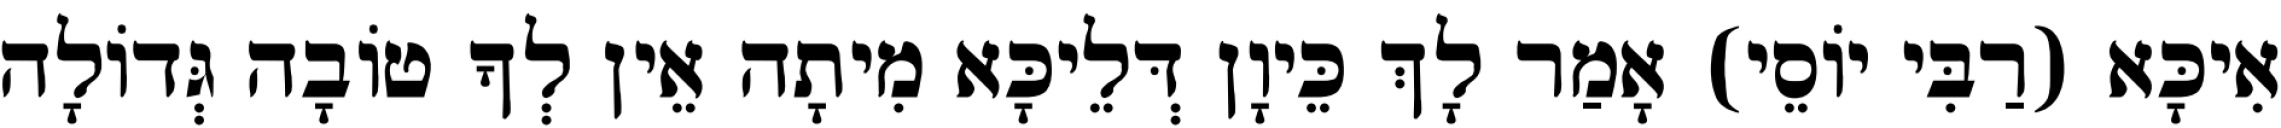
אִיכָּא (רַבִּי יוֹסֵי) אָמַר לָךְ כֵּיוָן דְּלֵיכָּא מִיתָה אֵין לְךָ טוֹבָה גְּדוֹלָה